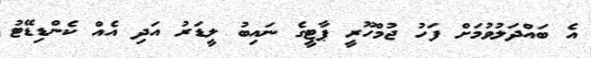
އެ ބައްދަލުވުމަށް ފަހު ޖުމްހޫރީ ޕާޓީގެ ނައިބު ލީޑަރު އަދި އެއް ކެންޑިޑޭޓު